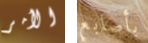
الأمر بأصابع